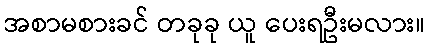
အစာမစားခင် တခုခု ယူ ပေးရဦးမလား။